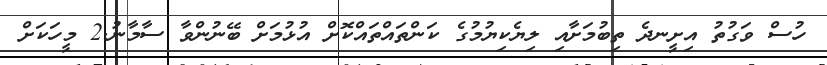
ހުސް ވަގުތު އިށީނދެ ތިބުމަށާއި ލިޔެކިޔުމުގެ ކަންތައްތައްކޮށް އުޅުމަށް ބޭނުންވާ ސާމާނު.2 މީހަކަށް